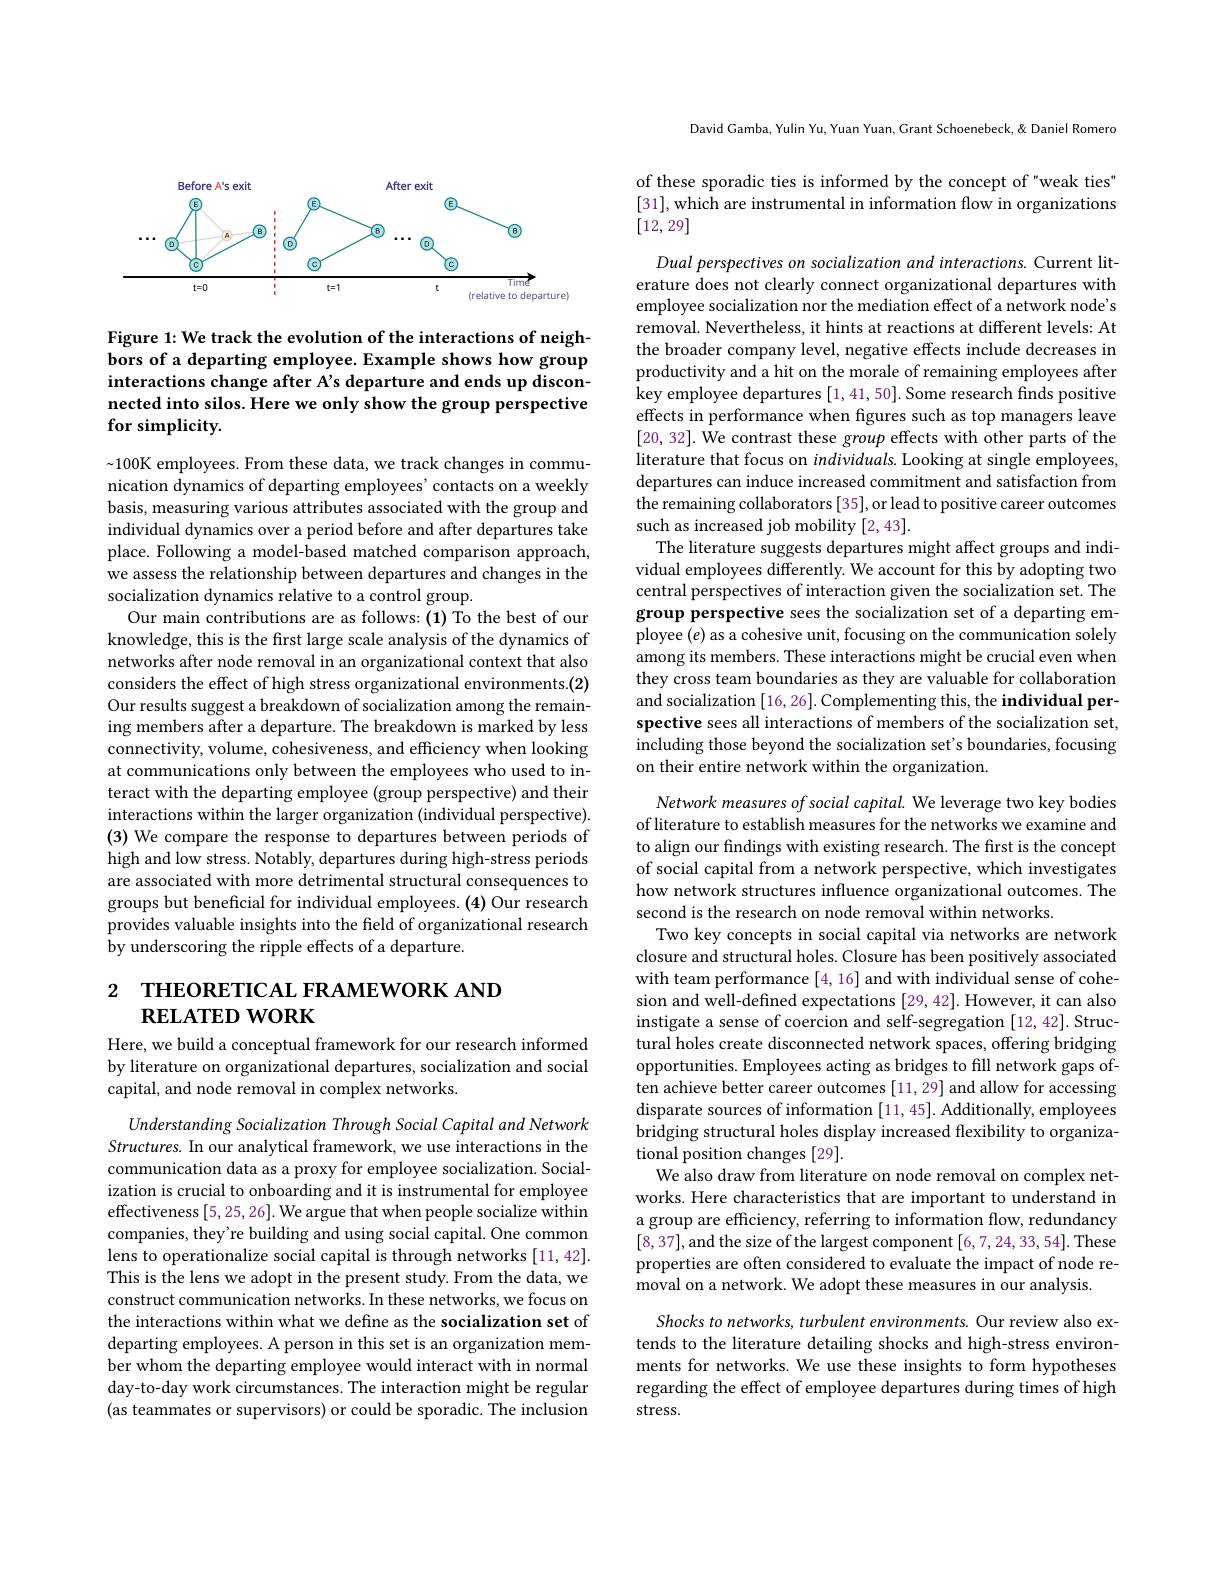
<FigureHere>

Figure 1: We track the evolution of the interactions of neighbors of a departing employee. Example shows how group interactions change after A's departure and ends up disconnected into silos. Here we only show the group perspective for simplicity.

$\sim100$K employees. From these data, we track changes in communication dynamics of departing employees' contacts on a weekly basis, measuring various attributes associated with the group and individual dynamics over a period before and after departures take place. Following a model-based matched comparison approach, we assess the relationship between departures and changes in the socialization dynamics relative to a control group.
Our main contributions are as follows: (1) To the best of our knowledge, this is the first large scale analysis of the dynamics of networks after node removal in an organizational context that also considers the effect of high stress organizational environments.(2) Our results suggest a breakdown of socialization among the remaining members after a departure. The breakdown is marked by less connectivity, volume, cohesiveness, and efficiency when looking at communications only between the employees who used to interact with the departing employee (group perspective) and their interactions within the larger organization (individual perspective). (3) We compare the response to departures between periods of high and low stress. Notably, departures during high-stress periods are associated with more detrimental structural consequences to groups but beneficial for individual employees. (4) Our research provides valuable insights into the feld of organizational research by underscoring the ripple effects of a departure.

# 2 ТНЕОRETIСАL FRAМЕWORK АND $\textbf{RELATED WORK}$

Here, we build a conceptual framework for our research informed by literature on organizational departures, socialization and social capital, and node removal in complex networks.

Understanding Socialization Through Social Capital and Network Structures. In our analytical framework, we use interactions in the communication data as a proxy for employee socialization. Socialization is crucial to onboarding and it is instrumental for employee effectiveness [5,25,26]. We argue that when people socialize within companies, they're building and using social capital. One common lens to operationalize social capital is through networks [11,42]. This is the lens we adopt in the present study. From the data, we construct communication networks. In these networks, we focus on the interactions within what we define as the socialization set of departing employees. A person in this set is an organization member whom the departing employee would interact with in normal day-to-day work circumstances. The interaction might be regular (as teammates or supervisors) or could be sporadic. The inclusion

David Gamba, Yulin Yu, Yuan Yuan, Grant Schoenebeck, & Daniel Romero

of these sporadic ties is informed by the concept of "weak ties" [31], which are instrumental in information flow in organizations [12,29]

Dual perspectives on socialization and interactions. Current literature does not clearly connect organizational departures with employee socialization nor the mediation effect of a network node's removal. Nevertheless, it hints at reactions at different levels: At the broader company level, negative effects include decreases in productivity and a hit on the morale of remaining employees after key employee departures [1,41,50]. Some research finds positive effects in performance when figures such as top managers leave [20, 32]. We contrast these group effects with other parts of the literature that focus on individuals. Looking at single employees, departures can induce increased commitment and satisfaction from the remaining collaborators [35], or lead to positive career outcomes such as increased job mobility [2,43].
The literature suggests departures might affect groups and individual employees differently. We account for this by adopting two central perspectives of interaction given the socialization set. The group perspective sees the socialization set of a departing em ployee $(e)$ as a cohesive unit, focusing on the communication solely among its members. These interactions might be crucial even when they cross team boundaries as they are valuable for collaboration and socialization [16,26]. Complementing this, the individual perspective sees all interactions of members of the socialization set, $\bar{\text{including those beyond the socialization set's boundaries, focusing}}$ on their entire network within the organization.

Network measures of social capital. We leverage two key bodies of literature to establish measures for the networks we examine and to align our findings with existing research. The first is the concept of social capital from a network perspective, which investigates how network structures influence organizational outcomes. The second is the research on node removal within networks.
Two key concepts in social capital via networks are network closure and structural holes. Closure has been positively associated with team performance [4,16] and with individual sense of cohesion and well-defined expectations [29,42]. However, it can also instigate a sense of coercion and self-segregation [12, 42]. Structural holes create disconnected network spaces, offering bridging opportunities. Employees acting as bridges to fill network gaps often achieve better career outcomes [11,29] and allow for accessing disparate sources of information [11, 45]. Additionally, employees bridging structural holes display increased flexibility to organizational position changes [29].
We also draw from literature on node removal on complex networks. Here characteristics that are important to understand in a group are efficiency, referring to information flow, redundancy [8,37],and the size of the largest component [6,7,24,33,54]. These properties are often considered to evaluate the impact of node removal on a network. We adopt these measures in our analysis
Shocks to networks, turbulent environments. Our review also extends to the literature detailing shocks and high-stress environments for networks. We use these insights to form hypotheses

regarding the effect of employee departures during times of high
stress.